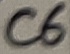
Text: C6